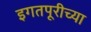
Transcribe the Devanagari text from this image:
इगतपूरीच्या